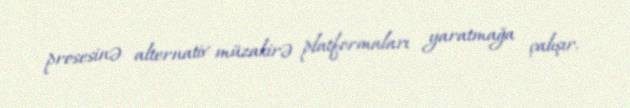
prosesinə alternativ müzakirə platformaları yaratmağa çalışır.